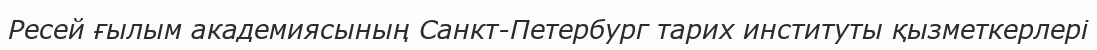
Ресей ғылым академиясының Санкт-Петербург тарих институты қызметкерлері